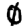
Digit: 0